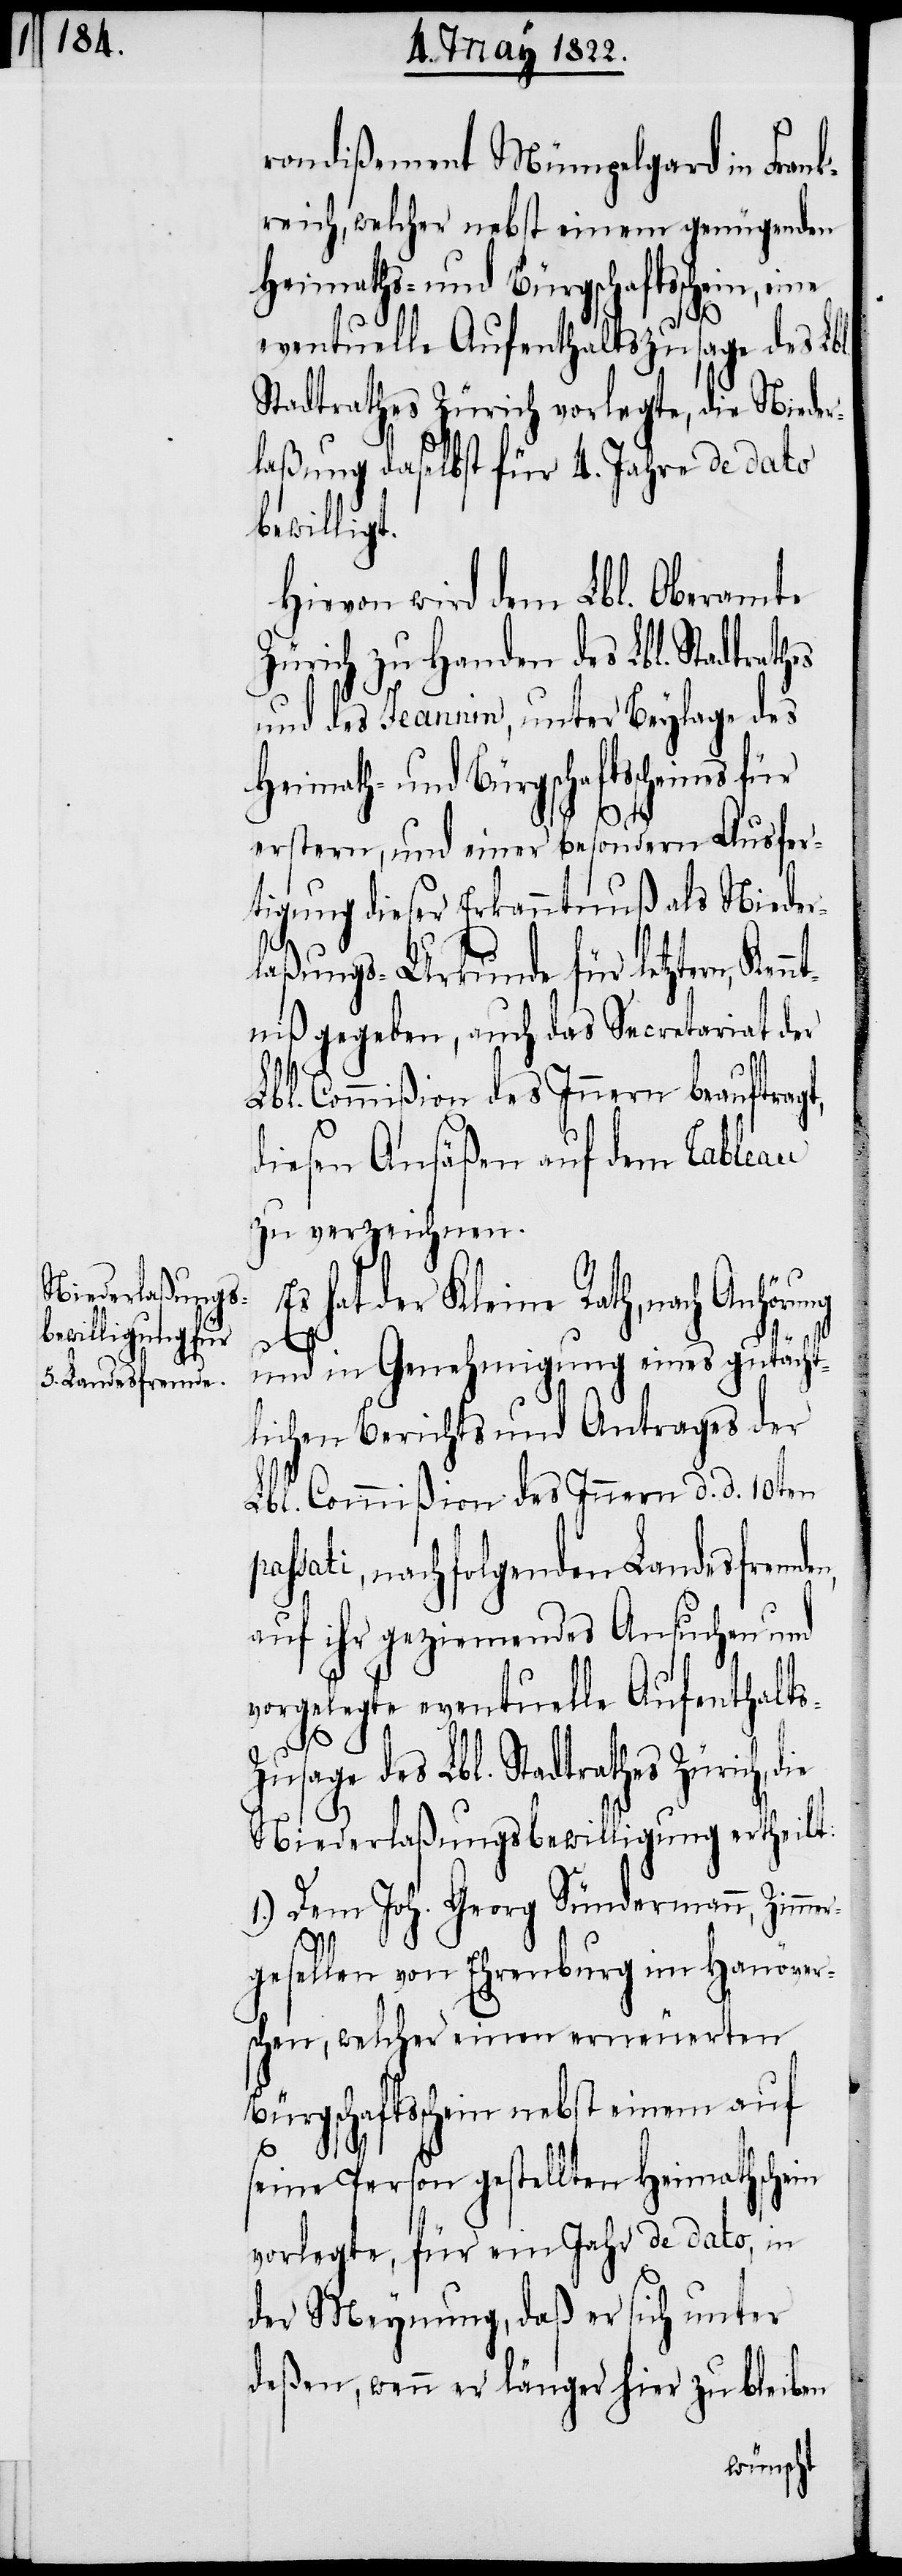
ein, eine

rondißement Mümpelgard in Frank¬
reich, welcher nebst einem genügenden
Heimath- und Bürgschaftsscheines
eventuelle Aufenthaltszusage des Lbl.
Stadtrathes Zürich vorlegte, die Nieder¬
laßung daselbst für 4. Jahre des dato
bewilligt.
Hievon wird dem Lbl. Oberamte
Zürich zu Handen des Lbl. Stadtrath¬
und des Jeannin, unter Beylage des
erstern, und einer besondern Ausfer¬
tigung dieser Erkanntnuß als Nieder¬
laßungs-Urkunde für letztern,
niß gegeben, auch das Secretariat der
Lbl. Commißion des Innern beauftragt,
diesen Ansäßen auf dem Tableau
zu verzeichnen.
hat der Kleine Rath, nach
s-Z¬
und in Genehmigung eines gutächt¬
lichen Berichts und Antrages der
Lbl. Commißion des Innern d. d. 10ten
sati, nachfolgenden Landesfremde¬
auf ihr geziemendes Ansuchen und
vorgelegte eventuelle Aufenthalt¬
usage des Lbl. Stadtrathes Zürich, d¬
Niederlaßungsbewilligung ertheilt:
1.) Dem Joh. Georg Sündermann, Zimme¬
rgesellen von Ehrenburg im Hanöver¬
schen, welcher einen erneuerten
Bürgschaftsschein nebst einem auf
ie
seine Person gestellten Heimathschein
vorlegte, für ein Jahr de dato, in
der Meynung, daß er sich unter
deßen, wenn er länger hier zu bleiben